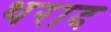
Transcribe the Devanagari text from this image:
थराद